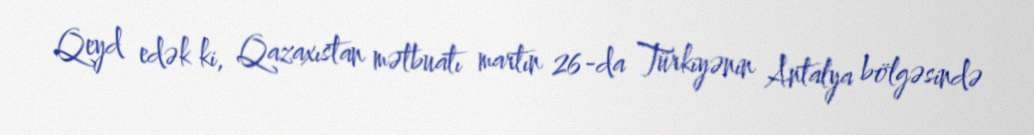
Qeyd edək ki, Qazaxıstan mətbuatı martın 26-da Türkiyənin Antalya bölgəsində